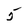
Character: 5